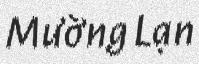
Mường Lạn